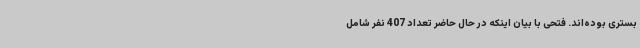
بستری بوده‌اند. فتحی با بیان اینکه در حال حاضر تعداد 407 نفر شامل